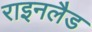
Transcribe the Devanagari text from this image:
राइनलैड